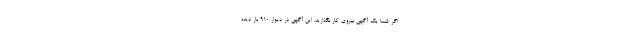
اگر شما یک آگهی نیروی کار بگذارید، این آگهی در دیوار ۹۱۰ بار دیده